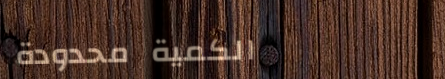
الكمية محدودة